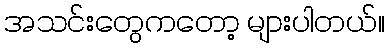
အသင်းတွေကတော့ များပါတယ်။